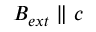
\boldsymbol { B _ { e x t } } \parallel c